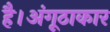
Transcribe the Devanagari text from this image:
है।अंगूठाकार